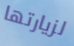
لزيارتها